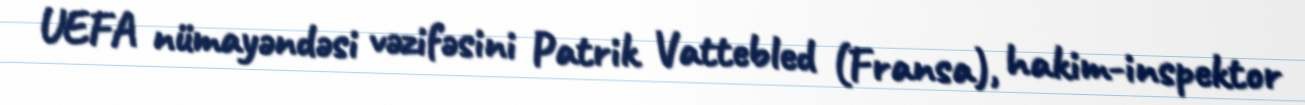
UEFA nümayəndəsi vəzifəsini Patrik Vattebled (Fransa), hakim-inspektor